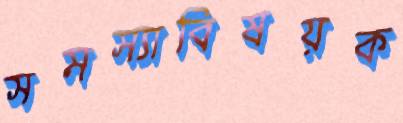
সমস্যাবিষয়ক